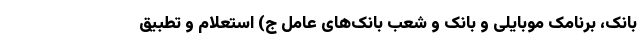
بانک، برنامک موبایلی و بانک و شعب بانک‌های عامل ج) استعلام و تطبیق